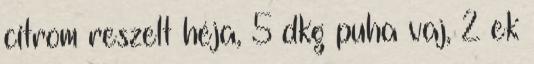
citrom reszelt héja, 5 dkg puha vaj, 2 ek